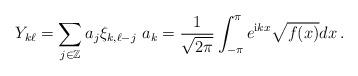
LaTeX: \begin{align*}Y_{k\ell}=\sum_{j\in{\mathbb{Z}}}a_{j}\xi_{k,\ell-j}\,\,a_{k}=\frac{1}{\sqrt{2\pi}}\int_{-\pi}^{\pi}e^{{\mathrm{i}}kx}\sqrt{f(x)}dx\,.\end{align*}